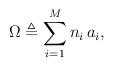
LaTeX: \begin{align*}\Omega\triangleq \sum_{i=1}^M n_i \, a_i,\end{align*}